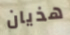
هذيان